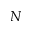
N